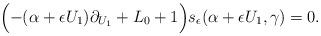
LaTeX: \begin{align*} \Big({-}(\alpha + \epsilon U_1) \partial_{U_1} + L_0 + 1\Big) s_{\epsilon}(\alpha + \epsilon U_1,\gamma) = 0.\end{align*}